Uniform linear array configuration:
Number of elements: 48
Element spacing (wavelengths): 1
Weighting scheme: kaiser
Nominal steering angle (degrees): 15
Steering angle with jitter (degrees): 13.122
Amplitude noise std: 0.05
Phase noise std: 0.05

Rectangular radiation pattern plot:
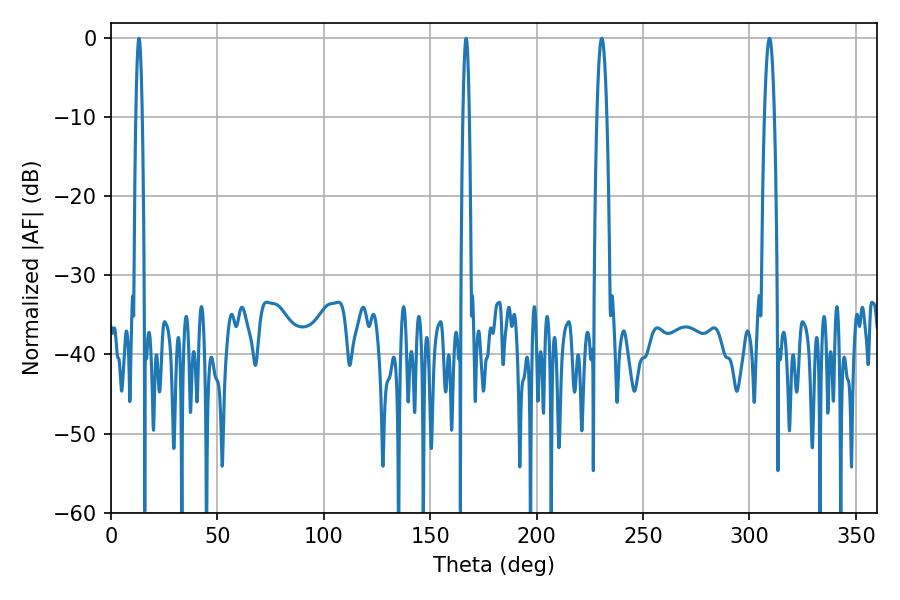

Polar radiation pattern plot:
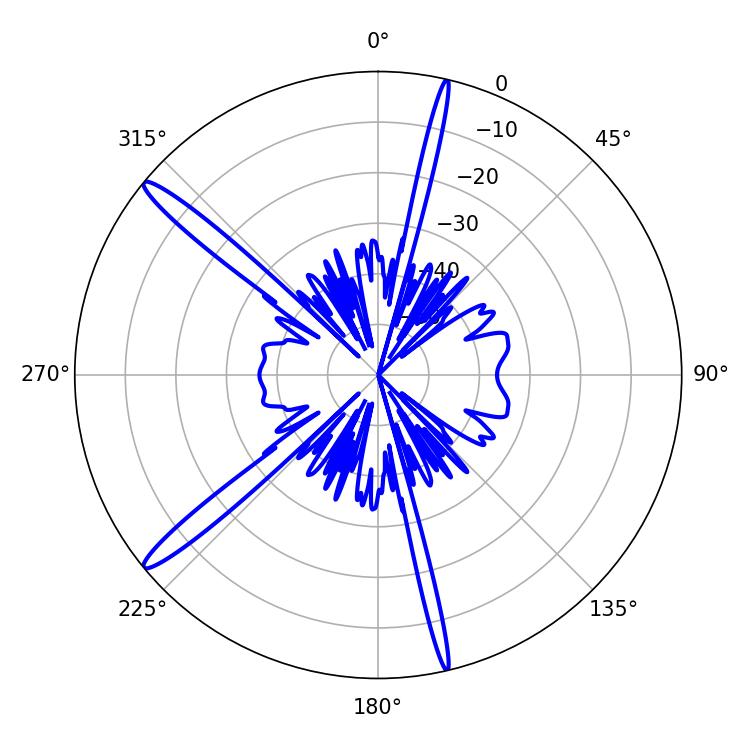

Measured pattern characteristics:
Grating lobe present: TRUE
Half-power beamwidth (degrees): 1.44
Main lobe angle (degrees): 13.14